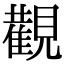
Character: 𮗚